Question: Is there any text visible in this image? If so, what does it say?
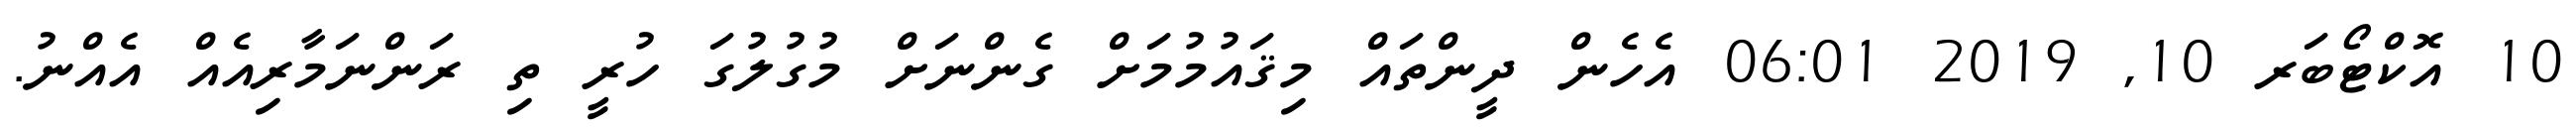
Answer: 10 އޮކްޓޯބަރ 10, 2019 06:01 އެހެން ދީންތައް މިޤައުމުމަށް ގެންނަށް މުގުލުގަ ހުރީ ތި ރަންނަމާރިއެއް އެއްނު.